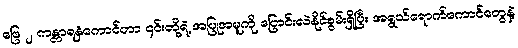
ဖြေ ၂ ကန္တာရနှံကောင်ဟာ ၄င်းတို့ရဲ့ အပြုအမူကို ပြောင်းလဲနိုင်စွမ်းရှိပြီး အရွယ်ရောက်ကောင်တွေနဲ့